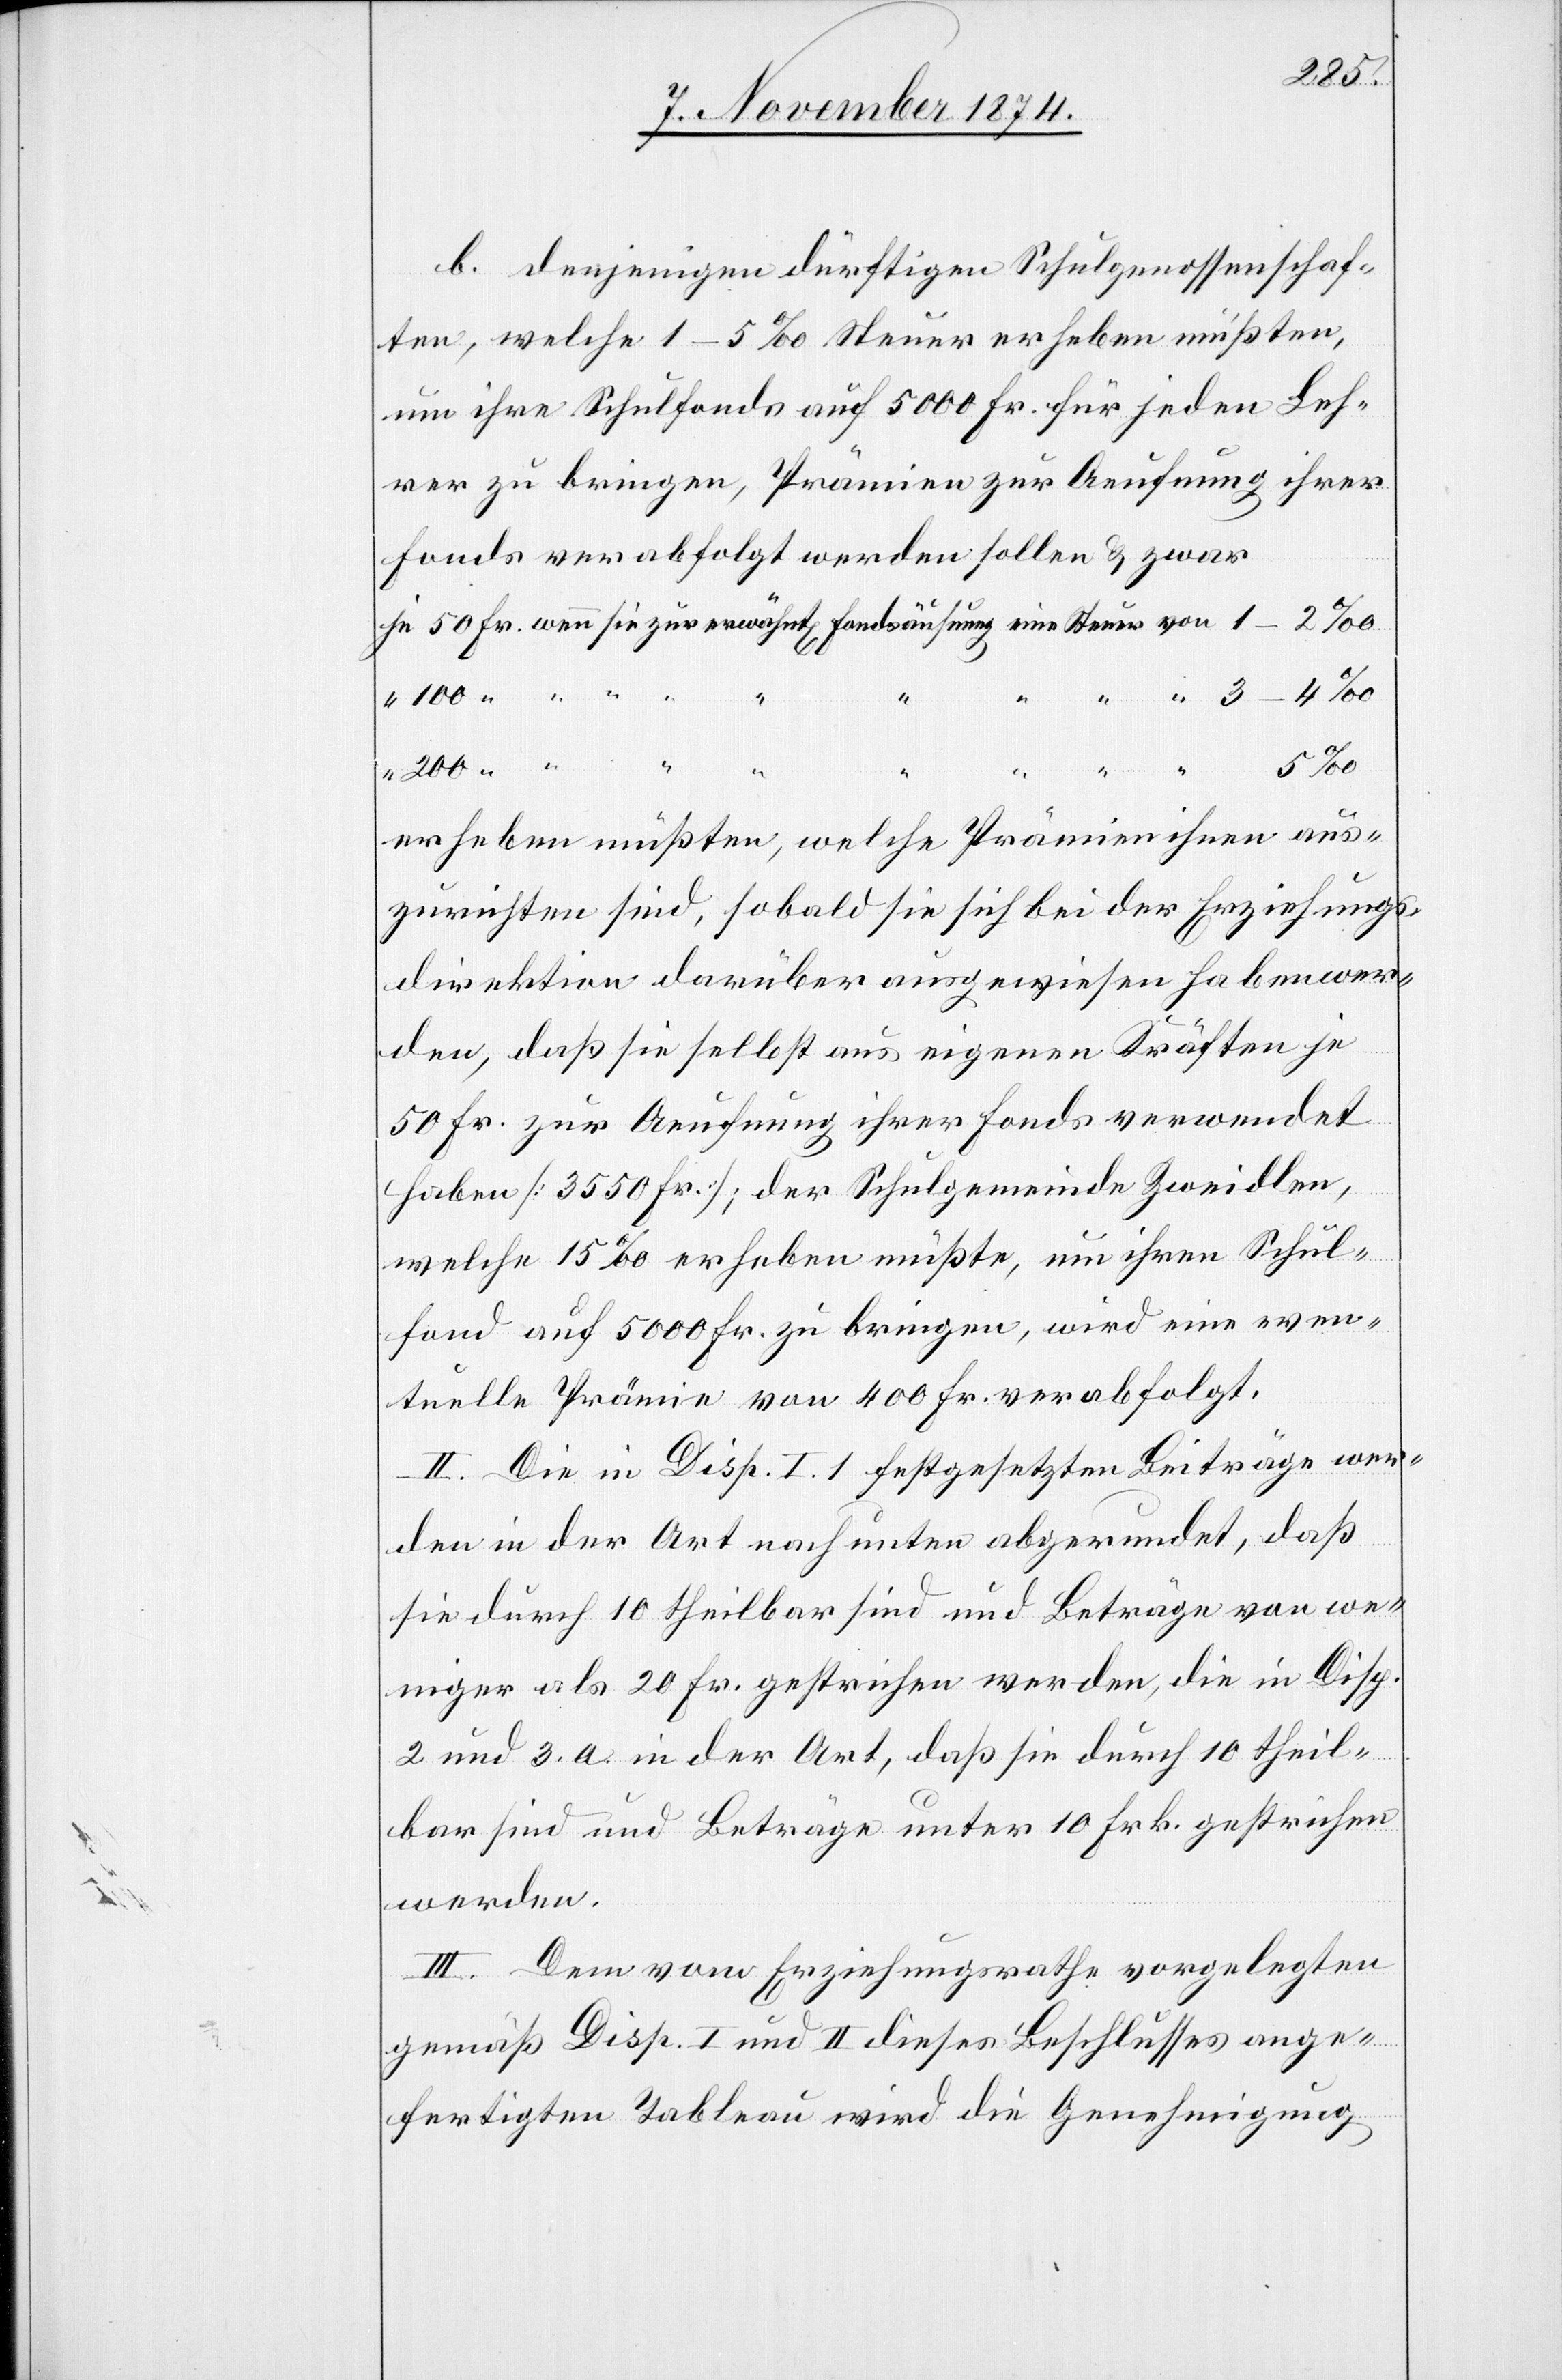
100
b. denjenigen dürftigen Schulgenossenschaf¬
ten, welche 1–5‰ Steuer erheben müßten,
um ihre Schulfonds auf 5000 Fr. für jeden Leh¬
rer zu bringen, Prämien zur Aeufnung ihrer
Fonds verabfolgt werden sollen & zwar
50
von
200
erheben müßten, welche Prämien ihnen aus¬
zurichten sind, sobald sie sich bei der Erziehungs¬
direktion darüber ausgewiesen haben wer¬
den, daß sie selbst aus eigenen Kräften je
50 Fr. zur Aeufnung ihrer Fonds verwendet
haben [3550 Fr.]; der Schulgemeinde Zweidlen,
welche 15‰ erheben müßte, um ihren Schul¬
fond auf 5000 Fr. zu bringen, wird eine even¬
tuelle Prämie von 400 Fr. verabfolgt.
II. Die in Disp. I. 1 festgesetzten Beiträge wer¬
den in der Art. nach unten abgerundet, daß
sie durch 10 theilbar sind und Beträge von we¬
niger als 20 Fr. gestrichen werden, die in Disp.
2 und 3. a. in der Art, daß sie durch 10 theil¬
bar sind und Beträge unter 10 Frk. gestrichen
werden.
III. Dem vom Erziehungsrathe vorgelegten
gemäß Disp. I und II dieses Beschlusses ange¬
fertigten Tableau wird die Genehmigung